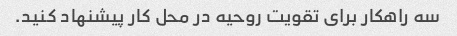
سه راهکار برای تقویت روحیه در محل کار پیشنهاد کنید.